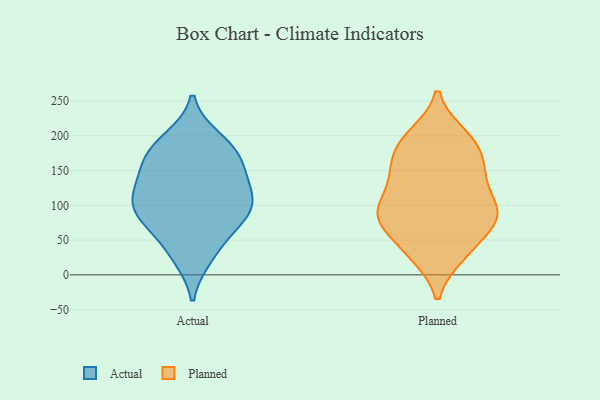
{"axis": {"x": "Website Visitors", "y": "Value"}, "legend": ["Actual", "Planned"], "data": [{"x": "", "y": 139, "type": "Actual"}, {"x": "", "y": 34, "type": "Actual"}, {"x": "", "y": 107, "type": "Actual"}, {"x": "", "y": 174, "type": "Actual"}, {"x": "", "y": 118, "type": "Actual"}, {"x": "", "y": 26, "type": "Actual"}, {"x": "", "y": 161, "type": "Actual"}, {"x": "", "y": 79, "type": "Actual"}, {"x": "", "y": 91, "type": "Actual"}, {"x": "", "y": 87, "type": "Actual"}, {"x": "", "y": 188, "type": "Actual"}, {"x": "", "y": 130, "type": "Actual"}, {"x": "", "y": 72, "type": "Actual"}, {"x": "", "y": 195, "type": "Actual"}, {"x": "", "y": 104, "type": "Actual"}, {"x": "", "y": 167, "type": "Actual"}, {"x": "", "y": 90, "type": "Planned"}, {"x": "", "y": 117, "type": "Planned"}, {"x": "", "y": 90, "type": "Planned"}, {"x": "", "y": 35, "type": "Planned"}, {"x": "", "y": 84, "type": "Planned"}, {"x": "", "y": 150, "type": "Planned"}, {"x": "", "y": 157, "type": "Planned"}, {"x": "", "y": 83, "type": "Planned"}, {"x": "", "y": 29, "type": "Planned"}, {"x": "", "y": 198, "type": "Planned"}, {"x": "", "y": 186, "type": "Planned"}, {"x": "", "y": 31, "type": "Planned"}, {"x": "", "y": 184, "type": "Planned"}, {"x": "", "y": 200, "type": "Planned"}, {"x": "", "y": 144, "type": "Planned"}, {"x": "", "y": 82, "type": "Planned"}, {"x": "", "y": 73, "type": "Planned"}, {"x": "", "y": 139, "type": "Planned"}, {"x": "", "y": 88, "type": "Planned"}]}